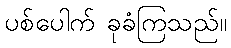
ပစ်ပေါက် ခုခံကြသည်။